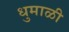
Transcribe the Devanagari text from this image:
धुमाळी